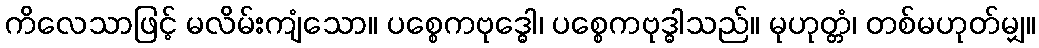
ကိလေသာဖြင့် မလိမ်းကျံသော။ ပစ္စေကဗုဒ္ဓေါ၊ ပစ္စေကဗုဒ္ဓါသည်။ မုဟုတ္တံ၊ တစ်မဟုတ်မျှ။